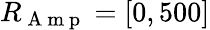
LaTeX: R_{\mathrm{~A~m~p~}}=[0,500]